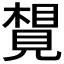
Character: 𧡮